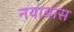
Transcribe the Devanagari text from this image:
नयाबांस